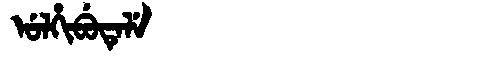
Manchu: ᡠᠯᡥᡳᠪᡠᡨᡝᠯᡝ
Romanization: ULHIBUTELE